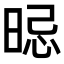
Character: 𣇡